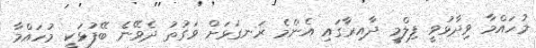
މުހައްމާ ވިދާޅުވީ ފިލްމީ ދާއިރާގައި އެންމެ ރަނގަޅަށް ވަގުތު ދެވޭނެ ބޭފުޅަކީ މުހައްމާ